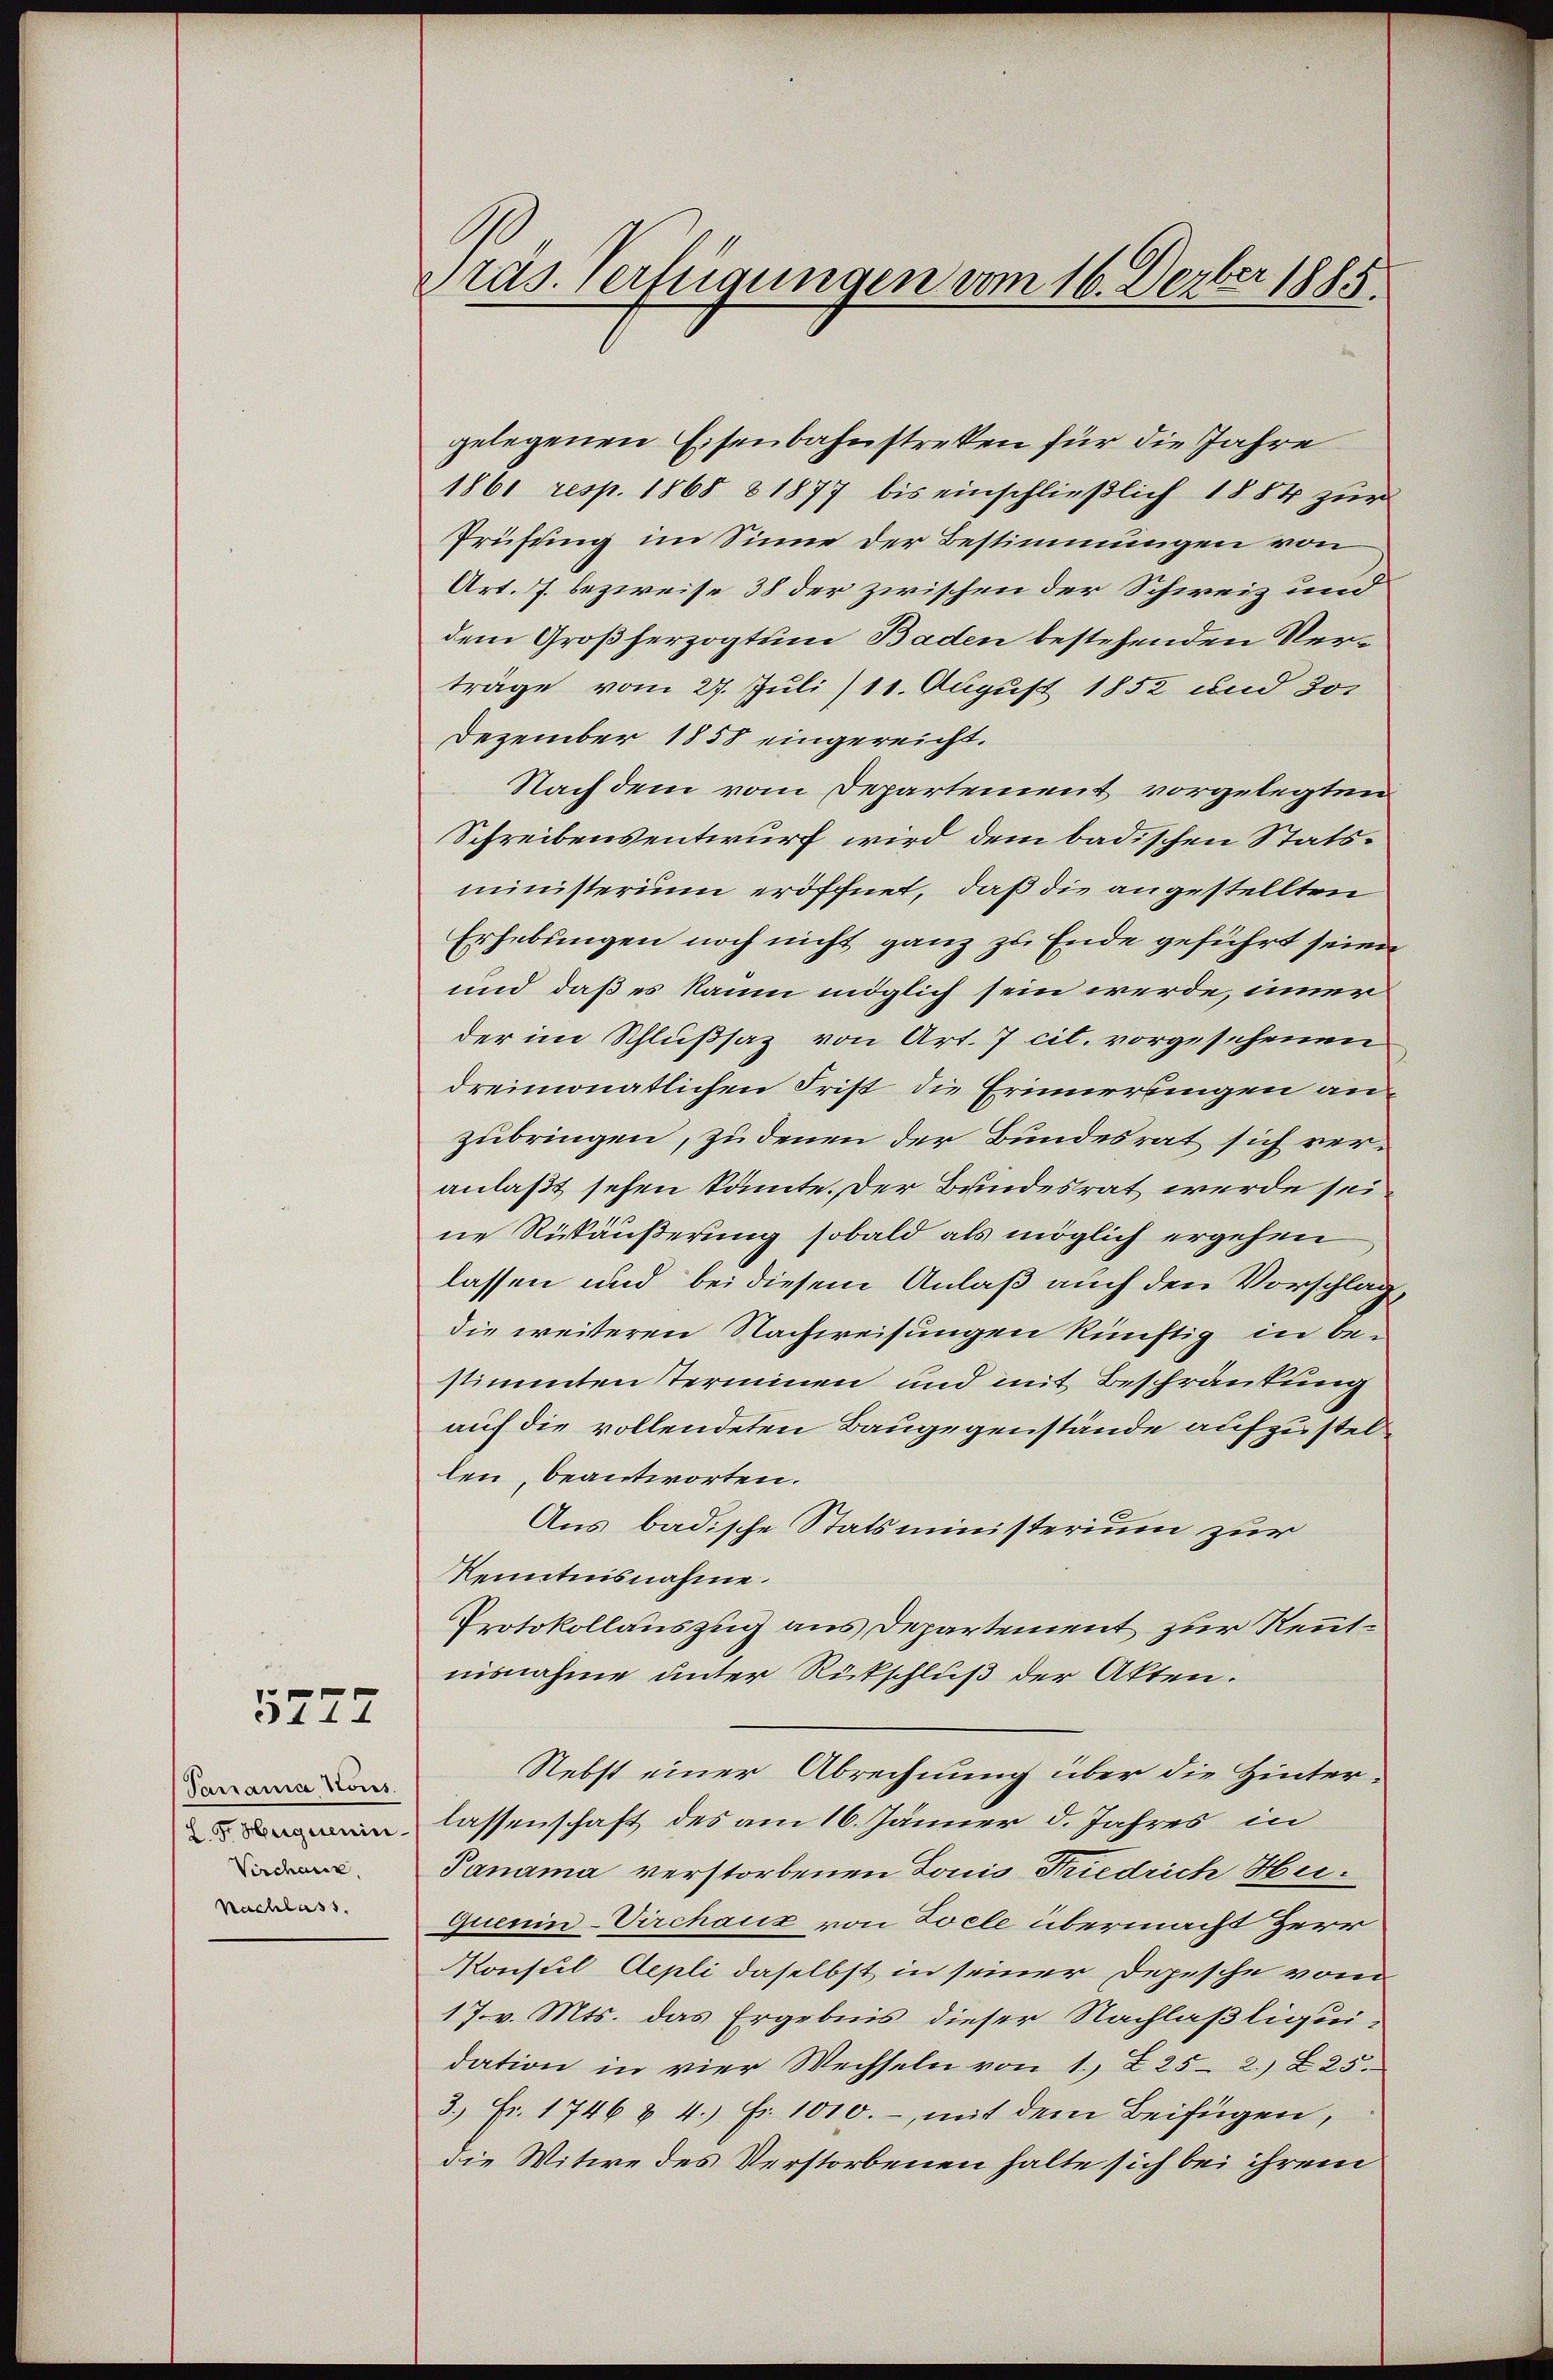
5777

Parrania Koiss.
 Fr. Huguenin¬
Verchanz.
Nachlass.

tas. Verfügungen vom 16. Derber 1885.

gelegenen Eisenbahnstreken für die Jahre
1861 resp. 1868 & 1877 bis einschließlich 1884 zur
Prüfung im Sinne der Bestimmungen von
Art. J. bezweise 38 der zwischen der Schweiz und
dem Großherzogtum Baden bestehenden Verträge vom 27. Juli) 11. August 1852 und 30.
Dezember 1858 eingereicht.
Nach dem vom Departement vorgelegten
Schreibensentwurf wird dem badischen Statsministerium eröffnet, daß die angestellten
Erhebungen noch nicht ganz zu Ende geführt seien
und daß es kaum möglich sein werde, inner
der im Schlußsaz von Art. 7 cit. vorgesehenen
dreimonatlichen Frist die Erinnerungen an
zubringen, zu denen der Bundesrat sich veranlaßt sehen könnte. Der Bundesrat werde sei
ne Rükäußerung sobald als möglich ergehen
lassen und bei diesem Anlaß auch den Vorschlag,
die weiteren Nachweisungen künftig in bestimmten Terminen und mit Beschränkung
auf die vollendeten Baugegenstände aufzustellen, beantworten.
Aus badische Statsministerium zur
Kenntnisnahme.
Protokollauszug aus Departement zur Kenntnisnahme unter Rückschluß der Akten.
Nebst einer Abrechnung über die Hinter-
lassenschaft des am 16. Jänner d. Jahres in
Janama verstorbenen Louis Friedrich Hei¬
Quenin-Virchaus von Zoele übermacht Herr
Konsul Aepli daselbst in seiner Depesche vom
17. v. Mts. das Ergebnis dieser Nachlaßliqui-
dation in vier Wechseln von 1. 225 - 2.) Z 25.
3.) Fr. 1746 & 4.) Fr. 1010.-, mit dem Beifügen,
die Witwe des Verstorbenen halte sich bei ihrem